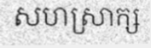
សហស្រាក្ស